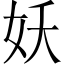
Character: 妖